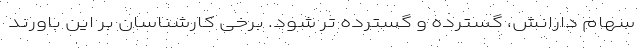
سهام دارانش، گسترده و گسترده تر شود. برخی کارشناسان بر این باورند